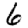
Digit: 6